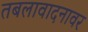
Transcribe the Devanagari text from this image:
तबलावादनावर